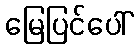
မြေပြင်ပေါ်